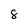
Character: 8